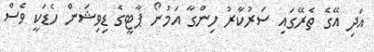
އަދި އޭގެ ތެރޭގައި ސަރުކާރު ހިންގާ އަމުނޯ ޕާޓީގެ ޑިވިޝަން ހެޑަކީ ވެސް